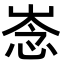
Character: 𢚏